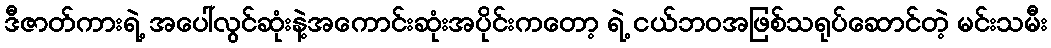
ဒီဇာတ်ကားရဲ့ အပေါ်လွင်ဆုံးနဲ့အကောင်းဆုံးအပိုင်းကတော့ ရဲ့ ငယ်ဘဝအဖြစ်သရုပ်ဆောင်တဲ့ မင်းသမီး